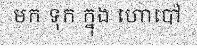
មក ទុក ក្នុង ហោប៉ៅ